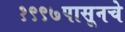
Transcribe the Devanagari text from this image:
१९९७पासूनचे